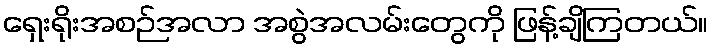
ရှေးရိုးအစဉ်အလာ အစွဲအလမ်းတွေကို ဖြန့်ချိကြတယ်။